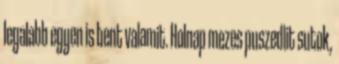
legalabb egyen is bent valamit. Holnap mezes puszedlit sutok,